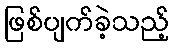
ဖြစ်ပျက်ခဲ့သည့်